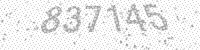
Solution: 837145